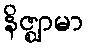
နိဇ္ဈာမာ